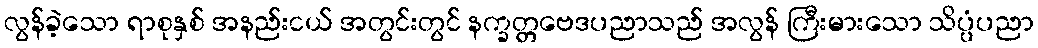
လွန်ခဲ့သော ရာစုနှစ် အနည်းငယ် အတွင်းတွင် နက္ခတ္တဗေဒပညာသည် အလွန် ကြီးမားသော သိပ္ပံပညာ